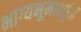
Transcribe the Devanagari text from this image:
भाग्यभूमाभूमि